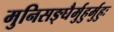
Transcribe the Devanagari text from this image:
मुनिसङ्घैर्मुहुर्मुहुः